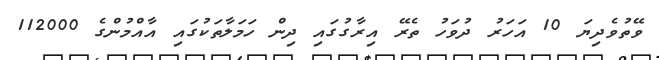
ވޭތުވެދިޔަ 10 އަހަރު ދުވަހު ތެރޭ އިރާގުގައި ދިން ހަމަލާތަކުގައި އާއްމުންގެ 112000